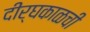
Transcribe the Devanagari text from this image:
दीर्घकाळची